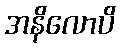
အနိလောပိ